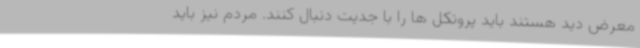
معرض دید هستند باید پروتکل ها را با جدیت دنبال کنند. مردم نیز باید